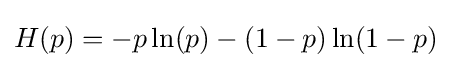
H(p)=-p\ln(p)-(1-p)\ln(1-p)